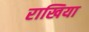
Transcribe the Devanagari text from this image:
राखिया